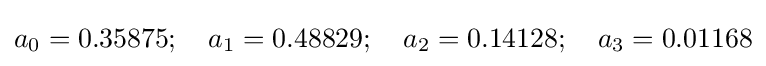
a_{0}=0.35875;\quad a_{1}=0.48829;\quad a_{2}=0.14128;\quad a_{3}=0.01168